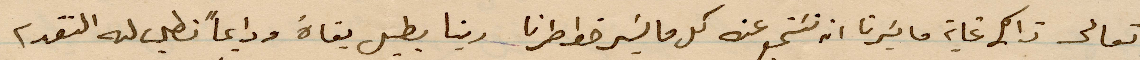
تعالى ذلم غاية ما يسرنا ان %% عنه كل ما يسر خواطرنا ربنا يطيل بقاه ودايمًا نطلب له التقدم